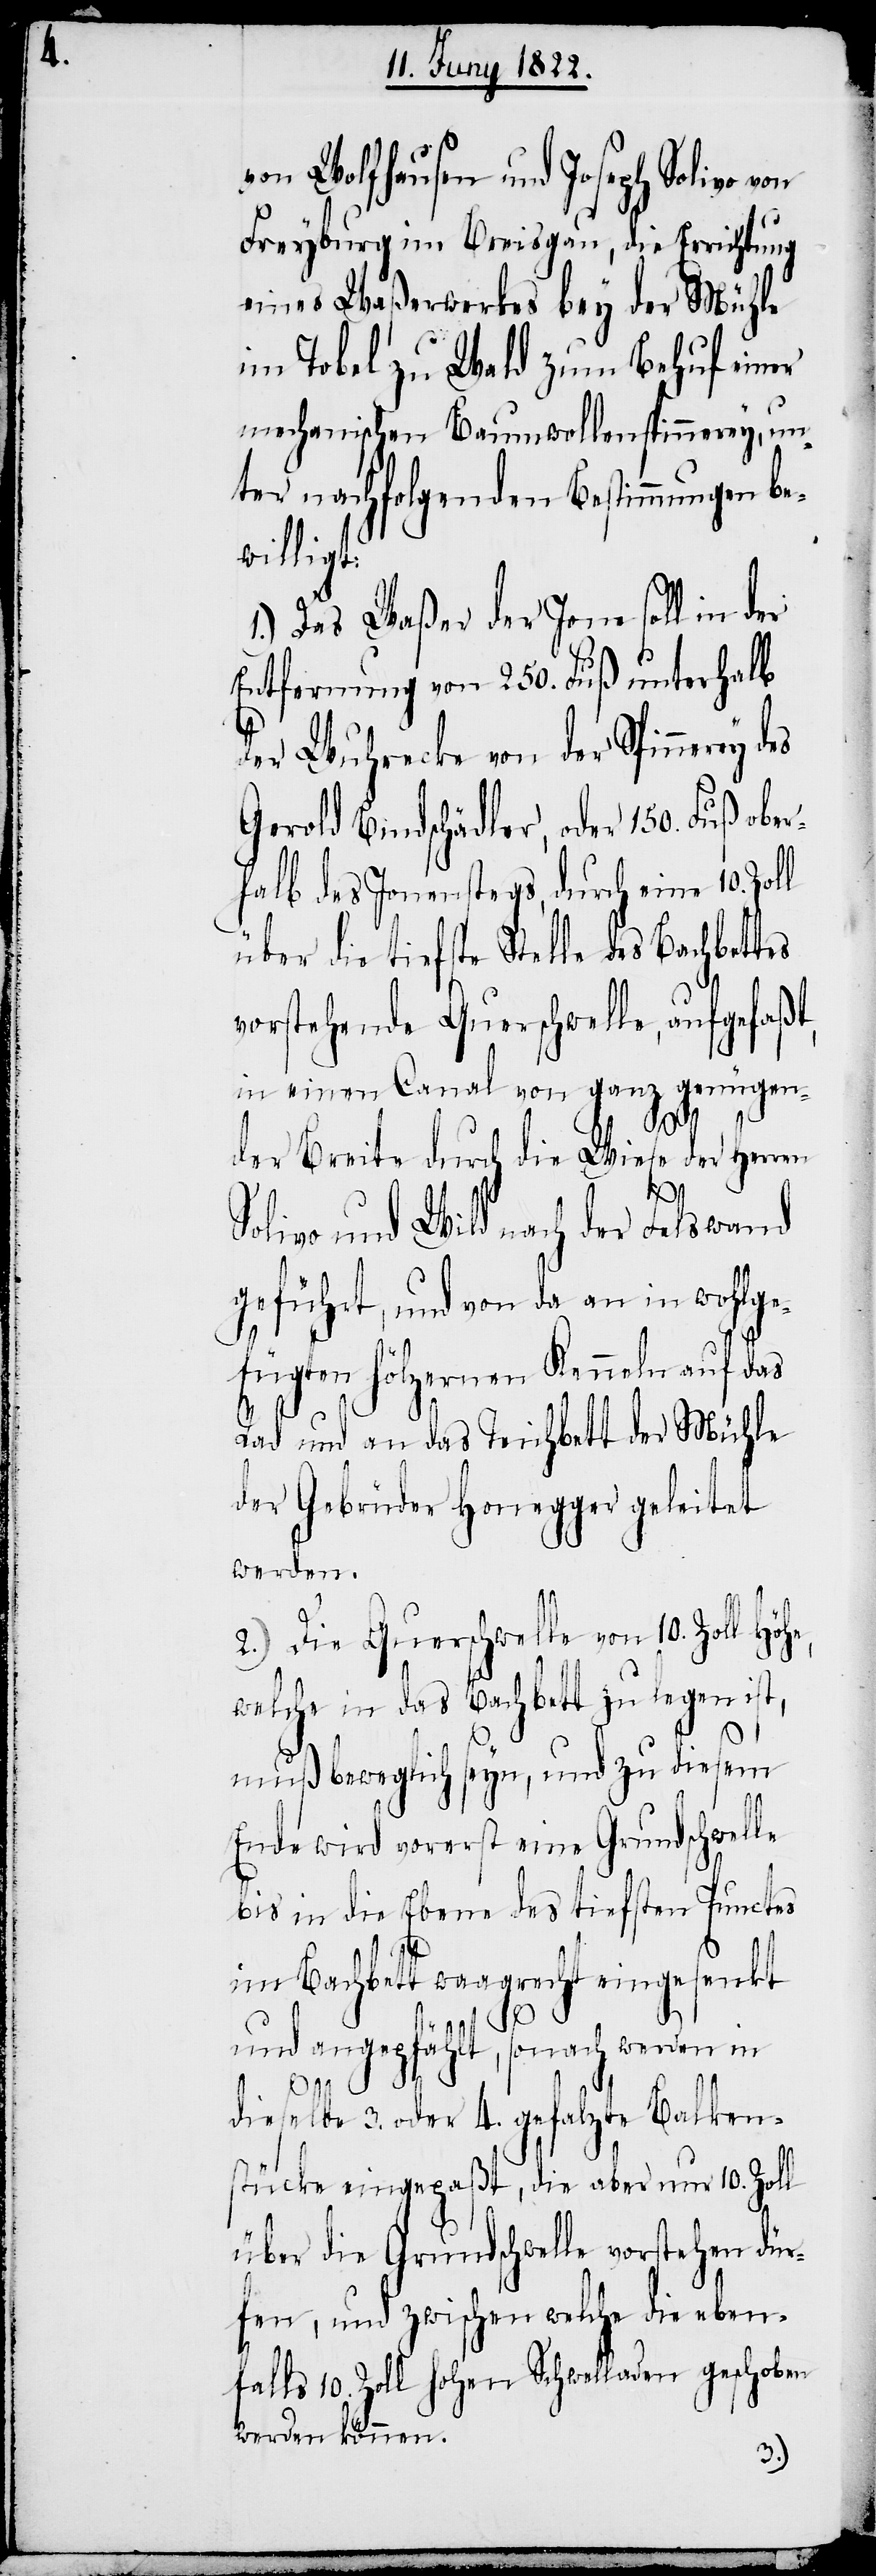
von Wolfhausen und Joseph Solivo von
Freyburg im Breisgau, die Errichtung
eines Waßerwerkes bey der Mühle
im Tobel zu Wald zum Behuf einer
mechanischen Baumwollenspinnerey, un¬
ter nachfolgenden Bestimmungen be¬
willigt:
1.) Das Waßer der Jona soll in der
Entfernung von 250. Fuß unterhalb
der Wuhrecke von der Spinnerey
Gerold Bundschädler, oder 150. Fuß ober¬
halb des Jonenstegs, durch eine 10. Zoll
über die tiefste Stelle des Bachbet¬
vorstehende Querschwelle, aufgefaßt,
in einen Canal von ganz genügen¬
der Breite durch die Wiese der Herrn
Solivo und Wild nach der Felswand
geführt, und von da an in wohlge¬
fügten hölzernen Kenneln auf das
Rad und an das Teichbett der Mühle
der Gebrüder Honegger geleitet
werden.
2.) Die Querschwelle von 10. Zoll Höhe,
welche in das Bachbett zu legen ist,
muß beweglich seyn, und zu diesem
Ende wird vorerst eine Grundschwelle
bis in die Ebene des tiefsten Punctes
im Bachbett waagrecht eingesenkt
tes
und angepfählt, sonach werden in
dieselbe 3. oder 4. gefalzte Balken¬
stücke eingepaßt, die aber nur 10. Zoll
über die Grundschwelle vorstehen dür¬
fen, und zwischen welche die eben¬
falls 10. Zoll hohen Schwelladen geschoben
werden können.